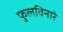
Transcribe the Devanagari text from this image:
फुलविनारे